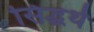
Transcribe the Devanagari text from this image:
सिद्धर्थ